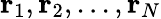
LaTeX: {\mathbf r}_{1},{\mathbf r}_{2},...,{\mathbf r}_{N}